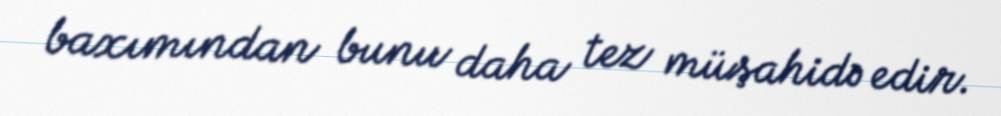
baxımından bunu daha tez müşahidə edir.